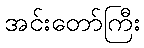
အင်းတော်ကြီး